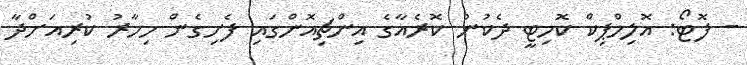
- ފޮޓޯ: އޮލިމްޕިކް ކޮމިޓީ ދެކުނު ކޮރެއާގެ އިންޗިއޮންގައި ފެށިގެން މިހާރު ކުރިއަށްދާ